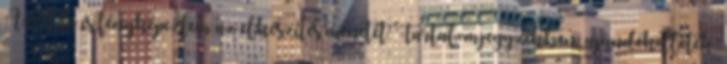
Azért le is fényképeztem az elkészítés menetét: Tartalomjegyzékben: ajándékötletek,